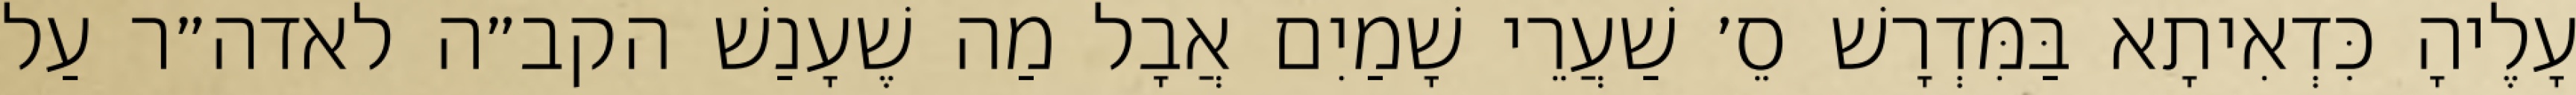
עָלֶיהָ כִּדְאִיתָא בַּמִּדְרָשׁ סֵ׳ שַׁעֲרֵי שָׁמַיִם אֲבָל מַה שֶׁעָנַשׁ הקב״ה לאדה״ר עַל